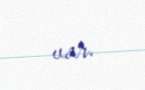
var.